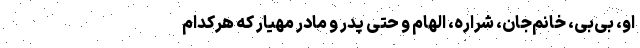
او، بی‌بی، خانم‌جان، شراره، الهام و حتی پدر و مادر مهیار که هرکدام